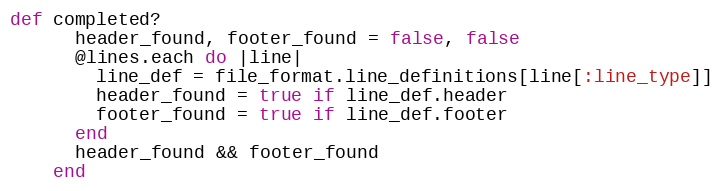
Language: Ruby
def completed?
      header_found, footer_found = false, false
      @lines.each do |line|
        line_def = file_format.line_definitions[line[:line_type]]
        header_found = true if line_def.header
        footer_found = true if line_def.footer
      end
      header_found && footer_found
    end